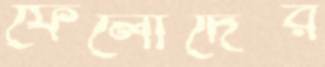
ফেলোদের